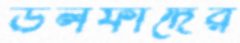
উলফাদের